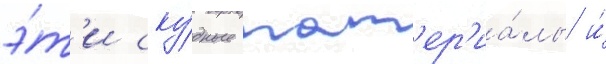
э́т'и ску́дные мат'ер'иа́лы и́